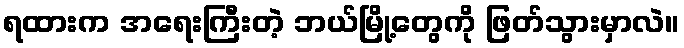
ရထားက အရေးကြီးတဲ့ ဘယ်မြို့တွေကို ဖြတ်သွားမှာလဲ။